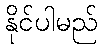
နိုင်ပါမည်